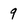
Character: 9